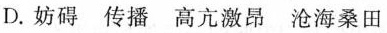
D. 妨碍 传播 高亢激昂 沧海桑田